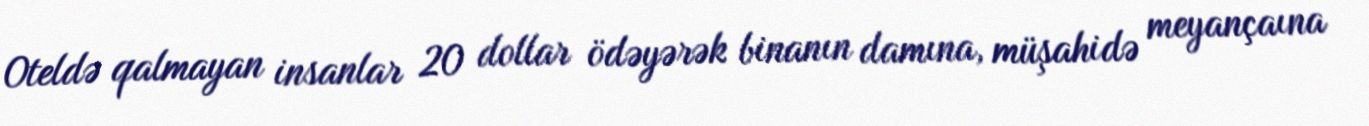
Oteldə qalmayan insanlar 20 dollar ödəyərək binanın damına, müşahidə meyançaına